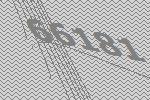
66181